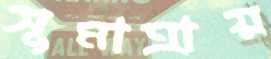
সুমাত্রায়